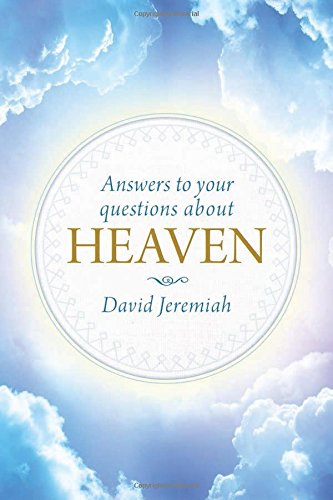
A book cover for Answers to Your Questions about Heaven; David Jeremiah; Christian Books & Bibles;